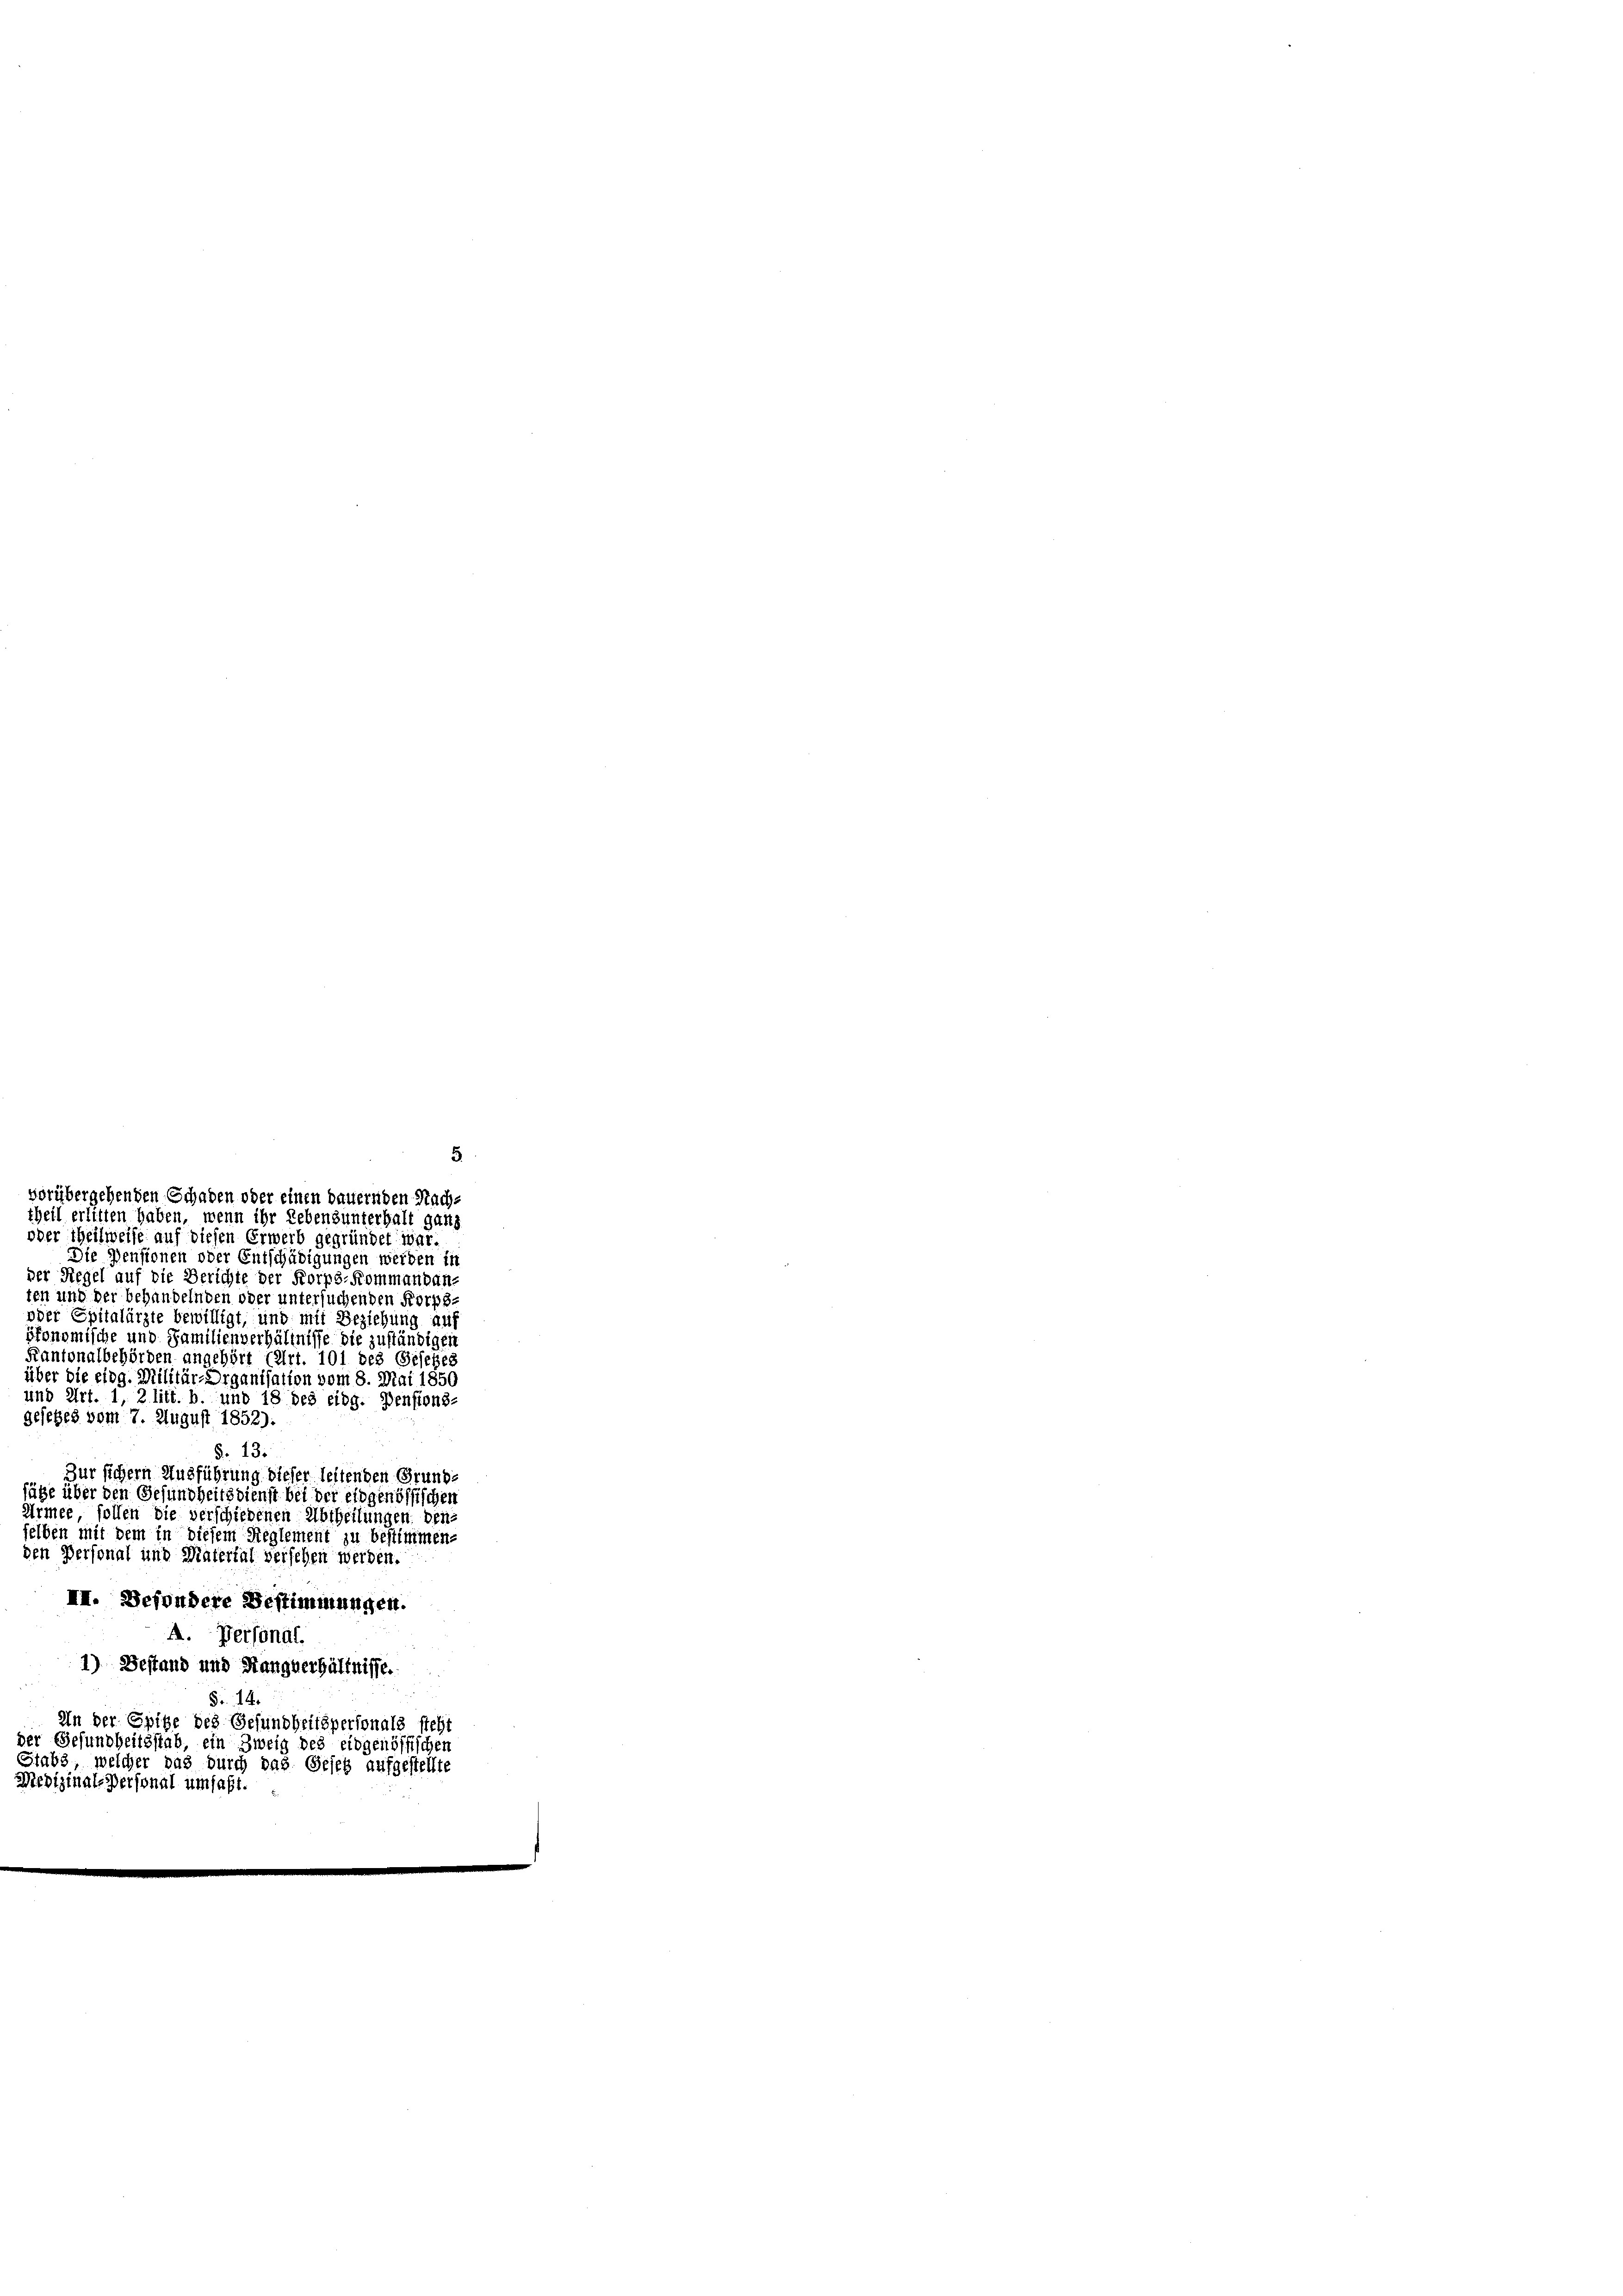
5.
vorübergehenden Schaden oder einen dauernden Nachheil erlitten haben, wenn ihr Lebensunterhalt ganz

oder Theilweise auf diesen Erwerb gegründet war.
Die Pensionen oder Entschädigungen werden in
der Siegel auf die Berichte der Korps-Kommandan-
ten und der behandelnden oder untersuchenden Korps-
oder Epitalärzte bewilligt, und mit Beziehung auf
tonomische und Familienverhältnisse die zuständigen
Kantonalbehörden angehört (Art. 101 des Gesetzes
über die eidg. Militär-Organisation vom 8. Mai 1850
und Art. 1, 2 litt. b. und 18 des eidg. Denstons-
gesetzes vom 7. August 1852):
§. 13.
Zur sichern Ausführung dieser lestenden Grund-
säge über den Gesundheitsdienst bei der eidgenössischen
Armee sollen die verschiedenen Abtheilungen den
selben mit dem in diesem Reglement zu bestimmen.
den Personal und Material versehen werden.
II. Besondere Bestimmungen.
A. Personal

1) Bestand und Hangverhältnisse.
§.14.
An der Spitze des Gesundheitspersonals steht
der Gesundheitsstab, ein Zweig des eidgenössischer

Stabs, welcher das durch das Geieb aufgestellte
Medizinals Personal umfaßt.